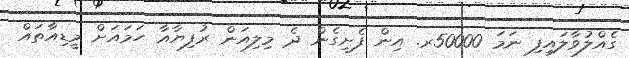
ގެއްލުވާލައިފި ނަމަ 50000ރ. އިން ފެށިގެން ދެ މިލިއަން ރުފިޔާއާ ހަމައަށް މީޑިއާތައް